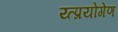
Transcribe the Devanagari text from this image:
य्त्प्रयोगेण